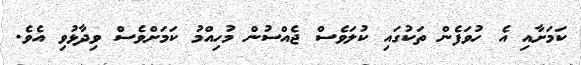
ކަމަށާއި އެ ހުވަފެން ތަކުގައި ކުލަވެސް ޖެއްސުން މުހިއްމު ކަމަށްވެސް ވިދާޅުވި އެވެ.